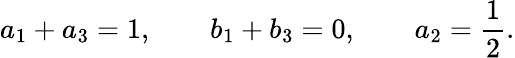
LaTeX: a_{1}+a_{3}=1,\qquad b_{1}+b_{3}=0,\qquad a_{2}=\frac{1}{2}.